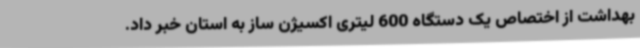
بهداشت از اختصاص یک دستگاه 600 لیتری اکسیژن ساز به استان خبر داد.